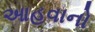
આહવાનો